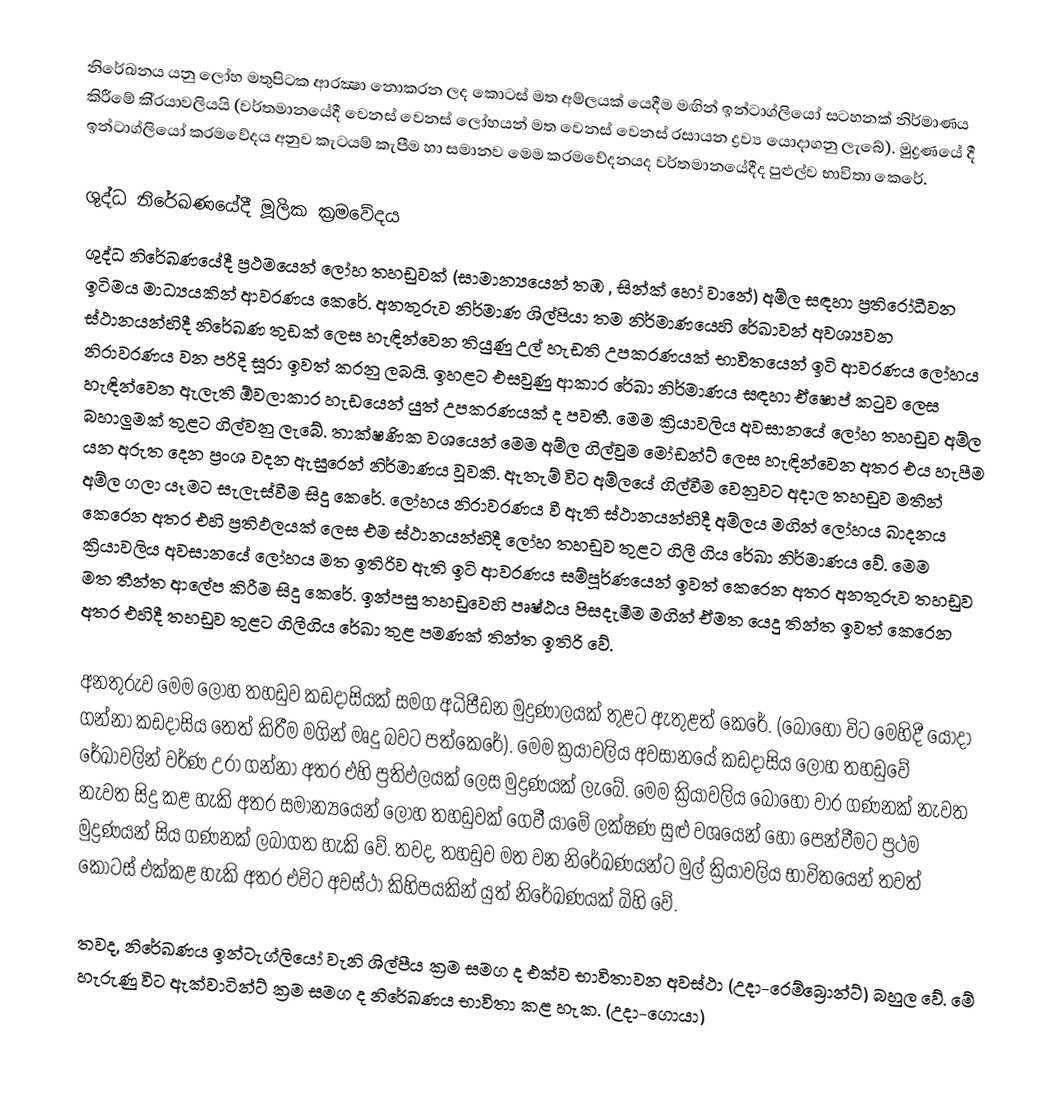
නිරේඛනය යනු ලෝහ මතුපිටක ආරක්‍ෂා නොකරන ලද කොටස් මත අම්ලයක් යෙදීම මඟින් ඉන්ටාග්ලියෝ සටහනක් නිර්මාණය කිරීමේ කි‍්‍රයාවලියයි (වර්තමානයේදී වෙනස් වෙනස් ලෝහයන් මත වෙනස් වෙනස් රසායන ද්‍රව්‍ය යොදාගනු ලැබේ). මුද්‍රණයේ දී ඉන්ටාග්ලියෝ ක‍්‍රමවේදය අනුව කැටයම් කැපීම හා සමානව මෙම ක‍්‍රමවේදනයද වර්තමානයේදීද පුළුල්ව භාවිතා කෙරේ.

ශුද්ධ නිරේඛණයේදී මූලික ක්‍රමවේදය
ශුද්ධ නිරේඛණයේදී ප්‍රථමයෙන් ලෝහ තහඩුවක් (සාමාන්‍යයෙන් තඹ , සින්ක් හෝ වානේ) අම්ල සඳහා ප්‍රතිරෝධීවන ඉටිමය මාධ්‍යයකින් ආවරණය කෙරේ. අනතුරුව නිර්මාණ ශිල්පියා තම නිර්මාණයෙහි රේඛාවන් අවශ්‍යවන ස්ථානයන්හිදී නිරේඛණ තුඩක් ලෙස හැඳින්වෙන තියුණු උල් හැඩති උපකරණයක් භාවිතයෙන් ඉටි ආවරණය ලෝහය නිරාවරණය වන පරිදි සූරා ඉවත් කරනු ලබයි. ඉහළට එසවුණු ආකාර රේඛා නිර්මාණය සඳහා ඒෂොප් කටුව ලෙස හැඳින්වෙන ඇලැති ඕවලාකාර හැඩයෙන් යුත් උපකරණයක් ද පවතී. මෙම ක්‍රියාවලිය අවසානයේ ලෝහ තහඩුව අම්ල බහාලුමක් තුළට ගිල්වනු ලැබේ. තාක්ෂණික වශයෙන් මෙම අම්ල ගිල්වුම මෝඩන්ට් ලෙස හැඳින්වෙන අතර එය හැපීම යන අරුත දෙන ප්‍රංශ වදන ඇසුරෙන් නිර්මාණය වූවකි. ඇතැම් විට අම්ලයේ ගිල්වීම වෙනුවට අදාල තහඩුව මතින් අම්ල ගලා යෑමට සැලැස්වීම සිදු කෙරේ. ලෝහය නිරාවරණය වී ඇති ස්ථානයන්හිදී අම්ලය මගින් ලෝහය ඛාදනය කෙරෙන අතර එහි ප්‍රතිඵලයක් ලෙස එම ස්ථානයන්හිදී ලෝහ තහඩුව තුළට ගිලී ගිය රේඛා නිර්මාණය වේ. මෙම ක්‍රියාවලිය අවසානයේ ලෝහය මත ඉතිරිව ඇති ඉටි ආවරණය සම්පූර්ණයෙන් ඉවත් කෙරෙන අතර අනතුරුව තහඩුව මත තීන්ත ආලේප කිරීම සිදු කෙරේ. ඉන්පසු තහඩුවෙහි පෘෂ්ඨය පිසදැමීම මගින් ඒමත යෙදු තින්ත ඉවත් කෙරෙන අතර එහිදී තහඩුව තුළට ගිලීගිය රේඛා තුළ පමණක් තින්ත ඉතිරි වේ.

අනතුරුව මෙම ලෝහ තහඩුව කඩදාසියක් සමග අධිපීඩන මුද්‍රණාලයක් තුළට ඇතුළත් කෙරේ. (බොහෝ වි‍ට මෙහිදී යොදා ගන්නා කඩදාසිය තෙත් කිරීම මගින් මෘදු බවට පත්කෙරේ). මෙම ක්‍රයාවලිය අවසානයේ කඩදාසිය ලෝහ තහඩුවේ රේඛාවලින් වර්ණ උරා ‍ගන්නා අතර එහි ප්‍රතිඵලයක් ලෙස මුද්‍රණයක් ලැබේ. මෙම ක්‍රියාවලිය බොහෝ වාර ගණනක් නැවත නැවත සිදු කළ හැකි අතර සමාන්‍යයෙන් ලෝහ තහඩුවක් ගෙවී යාමේ ලක්ෂණ සුළු වශයෙන් හෝ පෙන්වීමට ප්‍රථම මුද්‍රණයන් සිය ගණනක් ලබාගත හැකි වේ. තවද, තහඩුව මත වන නිරේඛණයන්ට මුල් ක්‍රියාවලිය භාවිතයෙන් තවත් කොටස් එක්කළ හැකි අතර එවිට අවස්ථා කිහිපයකින් යුත් නිරේඛණයක් බිහි වේ.

තවද, නිරේඛණය ඉන්ටැග්ලියෝ වැනි ශිල්පීය ක්‍රම සමග ද එක්ව භාවිතාවන අවස්ථා (උදා-රෙම්බ්‍රොන්ට්) බහුල වේ. මේ හැරුණු විට ඇක්වාටින්ට් ක්‍රම සමග ද නිරේඛණය භාවිතා කළ හැක. (උදා-ගොයා)